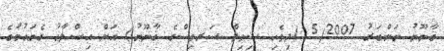
ޤާނޫނު ނަންބަރު 5/2007 (ދިވެހި ސިވިލް ސަރވިސްގެ ޤާނޫނު) އަށް އިޞްލާޙު ގެނައުމުގެ